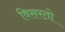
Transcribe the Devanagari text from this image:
विसरतो